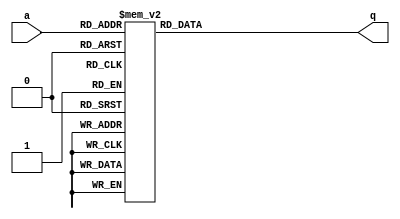
module top_module (
    input [2:0] a,
    output reg [15:0] q 
  ); 
    
    always@(*)begin
        case(a)
            0 : q = 16'h1232;
            1 : q = 16'haee0;
            2 : q = 16'h27d4;
            3 : q = 16'h5a0e;
            4 : q = 16'h2066;
            5 : q = 16'h64ce;
            6 : q = 16'hc526;
            7 : q = 16'h2f19;
        endcase
    end
 
endmodule